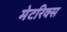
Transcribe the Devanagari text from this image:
मेटरिक्स